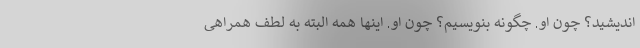
اندیشید؟ چون او. چگونه بنویسیم؟ چون او. اینها همه البته به لطف همراهی